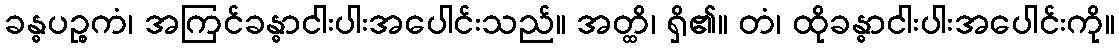
ခန္ဓပဉ္စကံ၊ အကြင်ခန္ဓာငါးပါးအပေါင်းသည်။ အတ္ထိ၊ ရှိ၏။ တံ၊ ထိုခန္ဓာငါးပါးအပေါင်းကို။